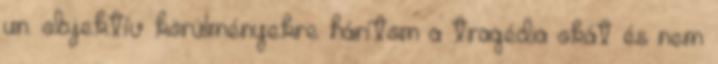
un. objektív körülményekre hárítom a tragédia okát és nem